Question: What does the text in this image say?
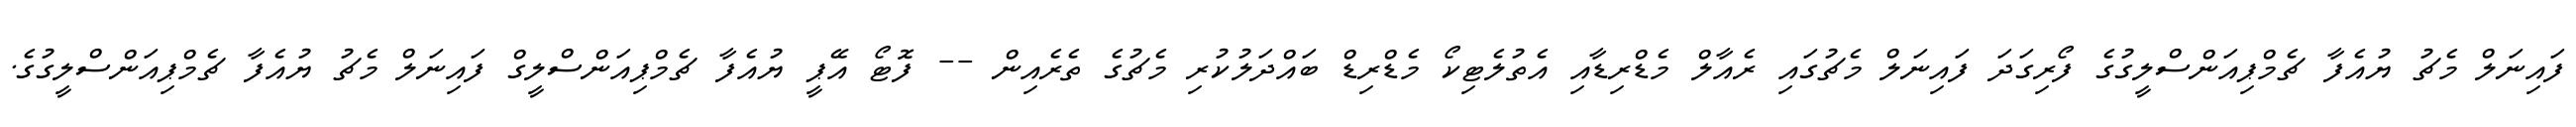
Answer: ފައިނަލް މެޗު ޔުއެފާ ޗެމްޕިއަންސްލީގުގެ ފޯރިގަދަ ފައިނަލް މެޗުގައި ރެއާލް މެޑްރިޑާއި އެތުލެޓިކޯ މެޑްރިޑް ބައްދަލުކުރި މެޗުގެ ތެރެއިން -- ފޮޓޯ އޭޕީ ޔުއެފާ ޗެމްޕިއަންސްލީގް ފައިނަލް މެޗު ޔުއެފާ ޗެމްޕިއަންސްލީގުގެ.